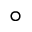
^ \circ